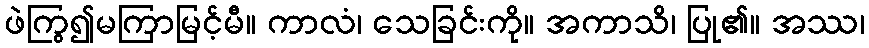
ဖဲကြွ၍မကြာမြင့်မီ။ ကာလံ၊ သေခြင်းကို။ အကာသိ၊ ပြု၏။ အဿ၊